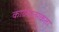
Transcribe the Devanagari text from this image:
काव्‍यात्‍मकता